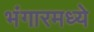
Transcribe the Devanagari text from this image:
भंगारमध्ये